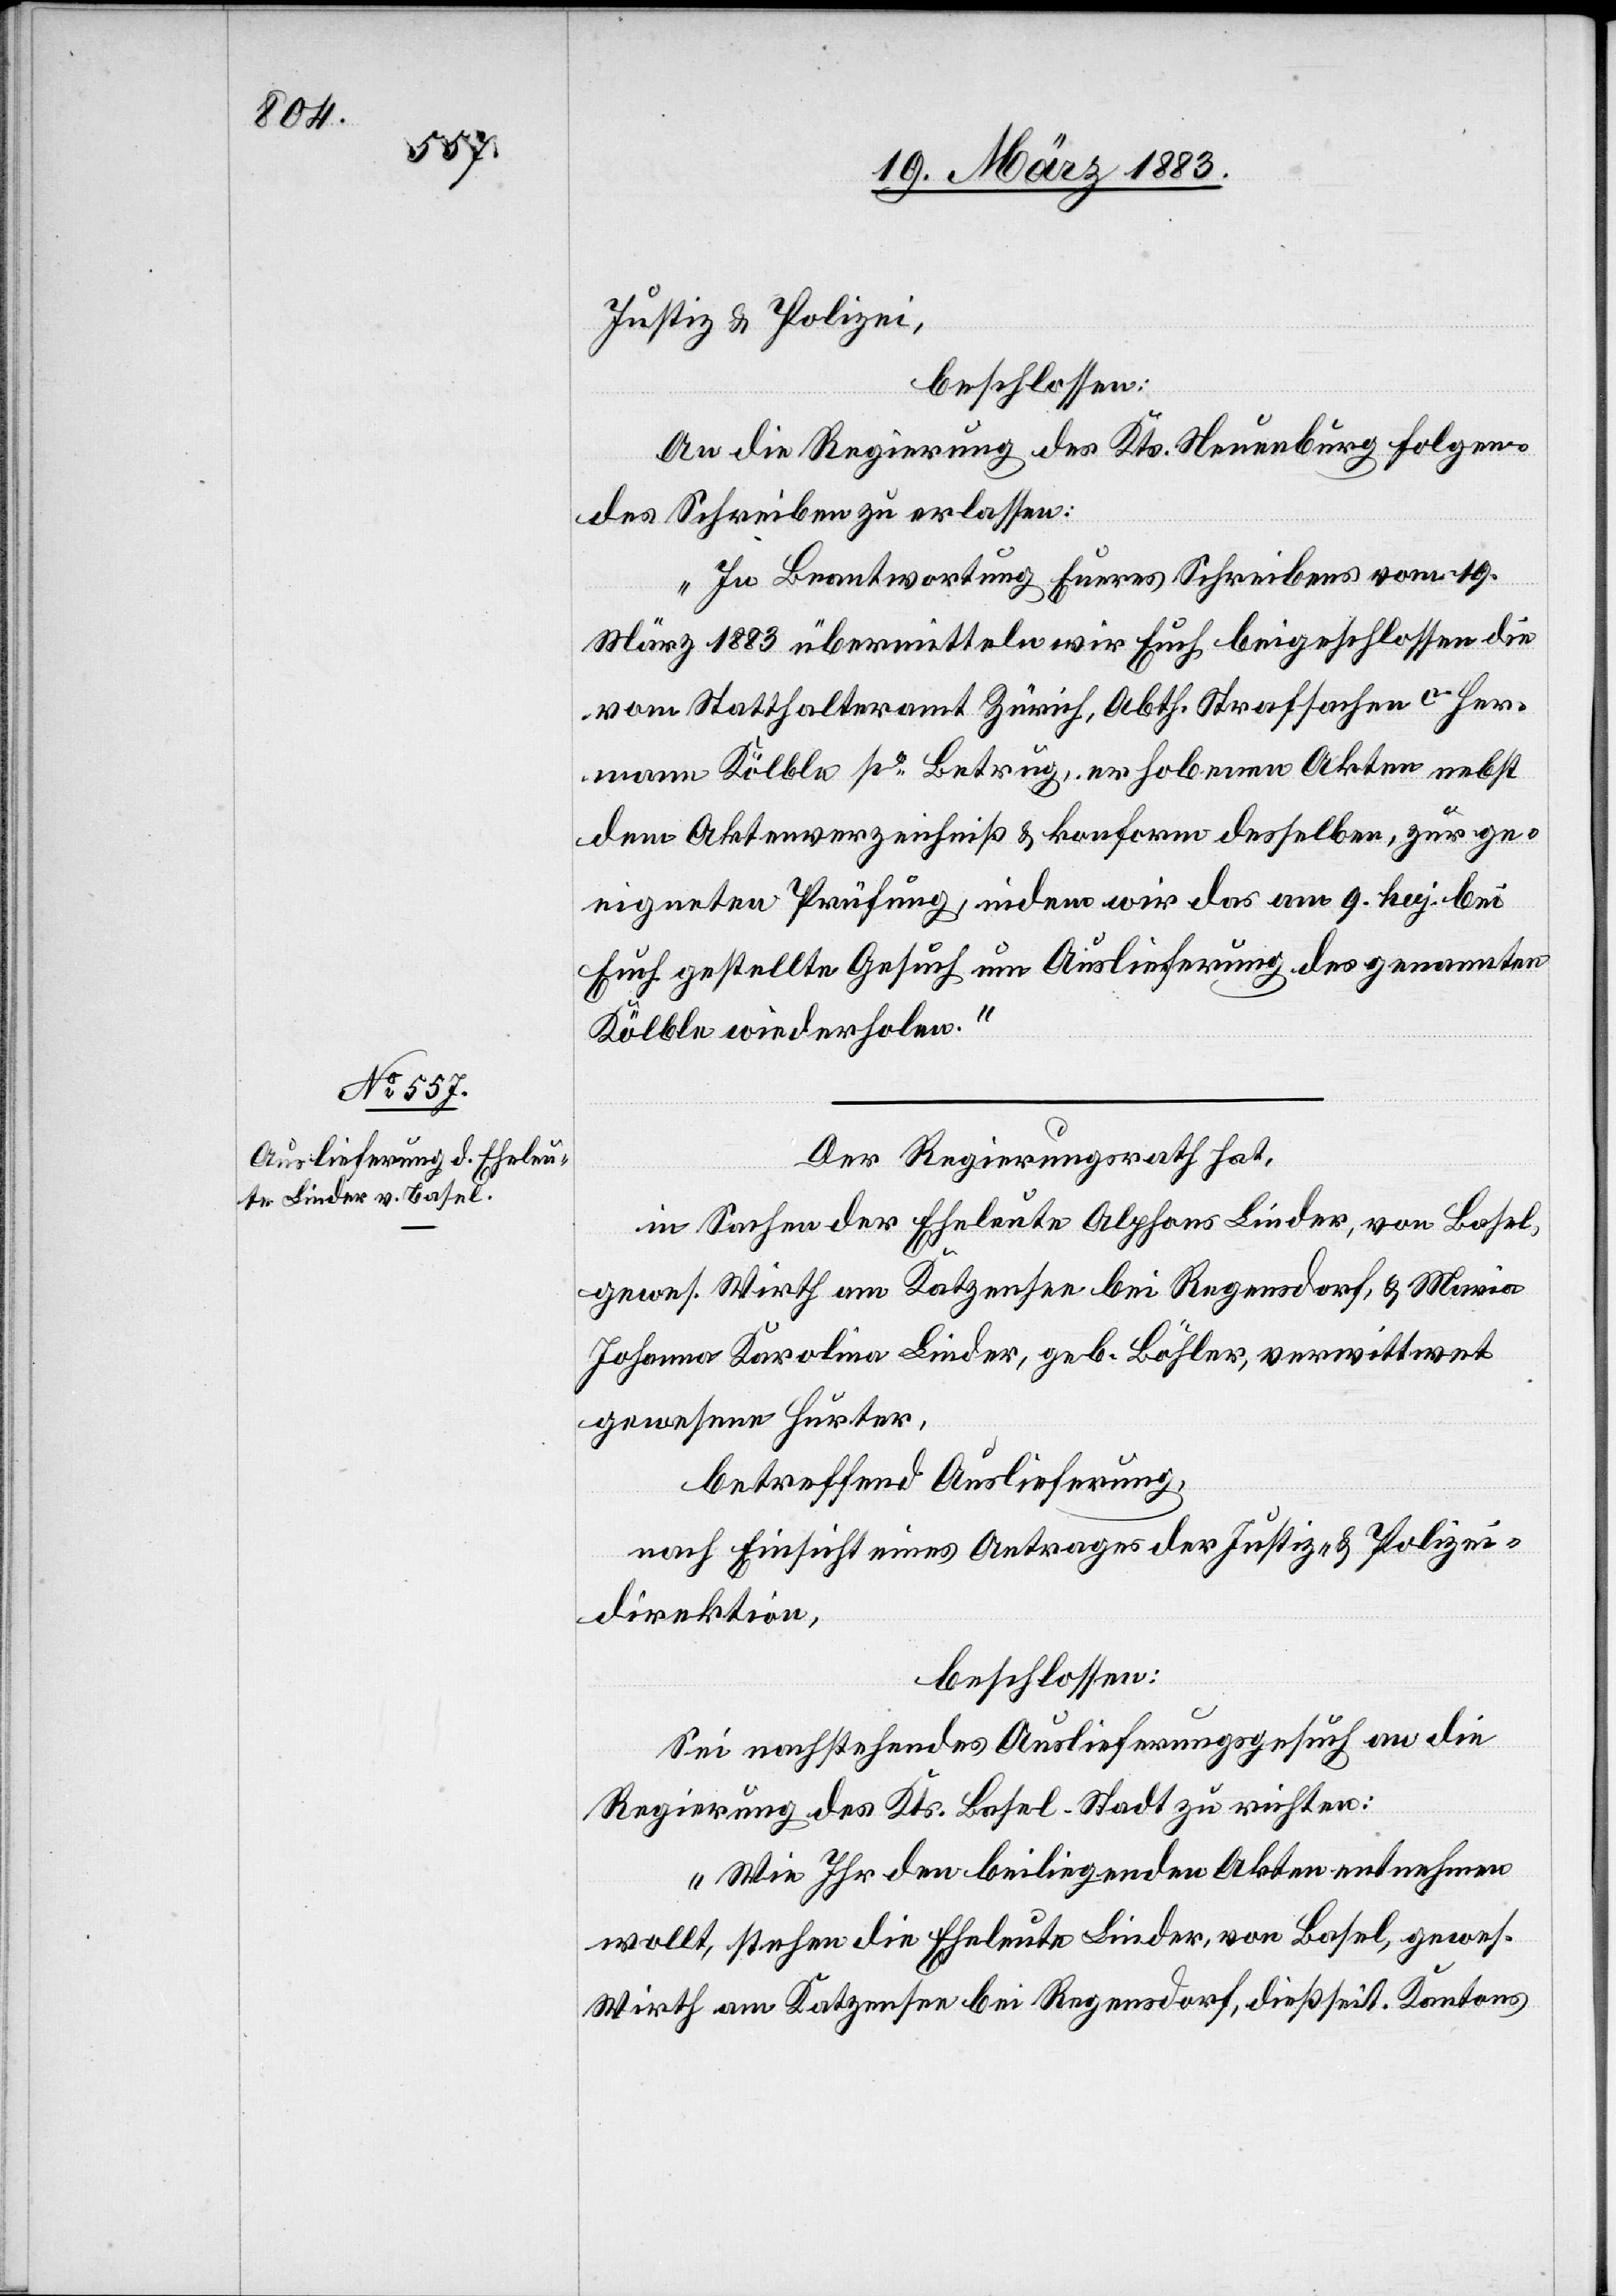
21. März 1883.]
Justiz & Polizei,
beschlossen:
An die Regierung des Kts. Neuenburg folgen¬
des Schreiben zu erlassen:
„In Beantwortung Eueres Schreibens vom 19.
März 1883 übermitteln wir Euch beigeschlossen die
vom Statthalteramt Zürich, Abth. Strafsachen c. Her¬
mann Kölble po Betrug, erhobenen Akten nebst
dem Aktenverzeichniß & konform desselben, zur ge¬
eigneten Prüfung, indem wir das am 9. huj bei
Euch gestellte Gesuch um Auslieferung des genannten
Kölble wiederholen.“
Der Regierungsrath hat,
in Sachen der Eheleute Alphons Linder, von Basel,
gewes. Wirth am Katzensee bei Regensdorf, & Maria
Johanna Karolina Linder, geb. Böhler, verwittwet
gewesene Hurter,
betreffend Auslieferung,
nach Einsicht eines Antrages der Justiz- & Polizei¬
direktion,
beschlossen:
Sei nachstehendes Auslieferungsgesuch an die
Regierung des Kts. Basel-Stadt zu richten:
„Wie Ihr den beiliegenden Akten entnehmen
wollt, stehen die Eheleute Linder, von Basel, gewes.
Wirth am Katzensee bei Regensdorf, dießseit. Kantons